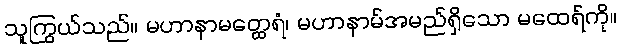
သူကြွယ်သည်။ မဟာနာမတ္ထေရံ၊ မဟာနာမ်အမည်ရှိသော မထေရ်ကို။